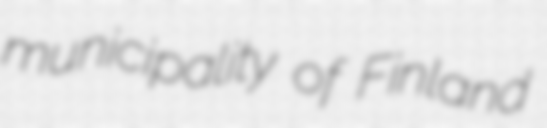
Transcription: municipality of Finland